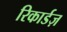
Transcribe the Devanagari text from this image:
रिकार्डज़